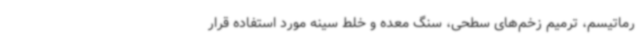
رماتیسم، ترمیم زخم‌های سطحی، سنگ معده و خلط سینه مورد استفاده قرار